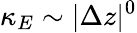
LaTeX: \kappa_{E}\sim\vert\Delta z\vert^{0}